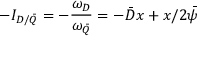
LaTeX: - I _ { D / \bar { Q } } = - \frac { \omega _ { D } } { \omega _ { \bar { Q } } } = - \bar { D } x + x / 2 \bar { \psi }